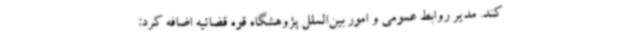
کند. مدیر روابط عمومی و امور بین‌الملل پژوهشگاه قوه قضائیه اضافه کرد: